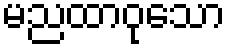
မညထာဝုသော